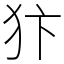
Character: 犿